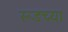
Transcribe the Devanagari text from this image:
रूडच्या